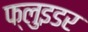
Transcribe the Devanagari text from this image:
फ्लुइडर